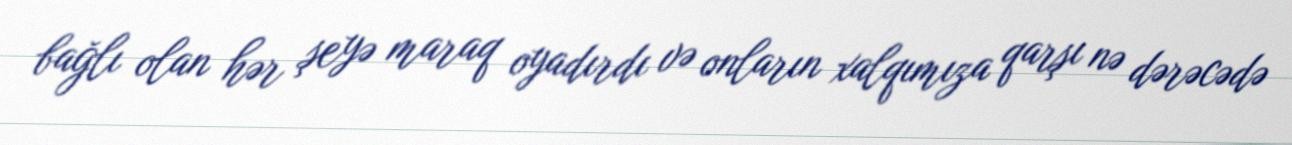
bağlı olan hər şeyə maraq oyadırdı və onların xalqımıza qarşı nə dərəcədə